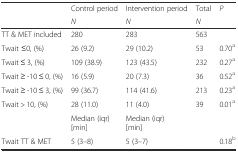
|  | Control period | Intervention period | Total | P |
 |  | N | N | N |  |
 | --- | --- | --- | --- | --- |
 | TT & MET included | 280 | 283 | 563 |  |
 | Twait ≤0, (%) | 26 (9.2) | 29 (10.2) | 53 | 0.70a |
 | Twait ≤ 3, (%) | 109 (38.9) | 123 (43.5) | 232 | 0.27a |
 | Twait ≥ -10 ≤ 0, (%) | 16 (5.9) | 20 (7.3) | 36 | 0.52a |
 | Twait ≥ -10 ≤ 3, (%) | 99 (36.7) | 114 (41.6) | 213 | 0.23a |
 | Twait > 10, (%) | 28 (11.0) | 11 (4.0) | 39 | 0.01a |
 |  | Median (iqr) [min] | Median (iqr) [min] |  |  |
 | Twait TT & MET | 5 (3–8) | 5 (3–7) |  | 0.18b |